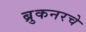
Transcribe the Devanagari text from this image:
ब्रुकनरचे